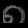
Digit: ၈